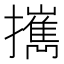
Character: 𢹂